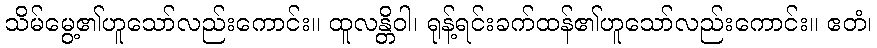
သိမ်မွေ့၏ဟူသော်လည်းကောင်း။ ထူလန္တိဝါ၊ ရုန့်ရင်းခက်ထန်၏ဟူသော်လည်းကောင်း။ ဧတံ၊